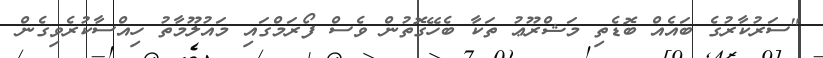
"ސަރުކާރުގެ ބައެއް ބޮޑެތި މަޝްރޫޢު ތަކާ ބެހޭގޮތުން ވެސް ފޯރަމްގައި މައުލޫމާތު ހިއްސާކުރެވިގެން